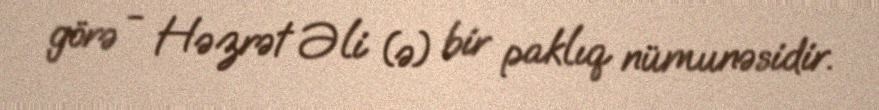
görə - Həzrət Əli (ə) bir paklıq nümunəsidir.